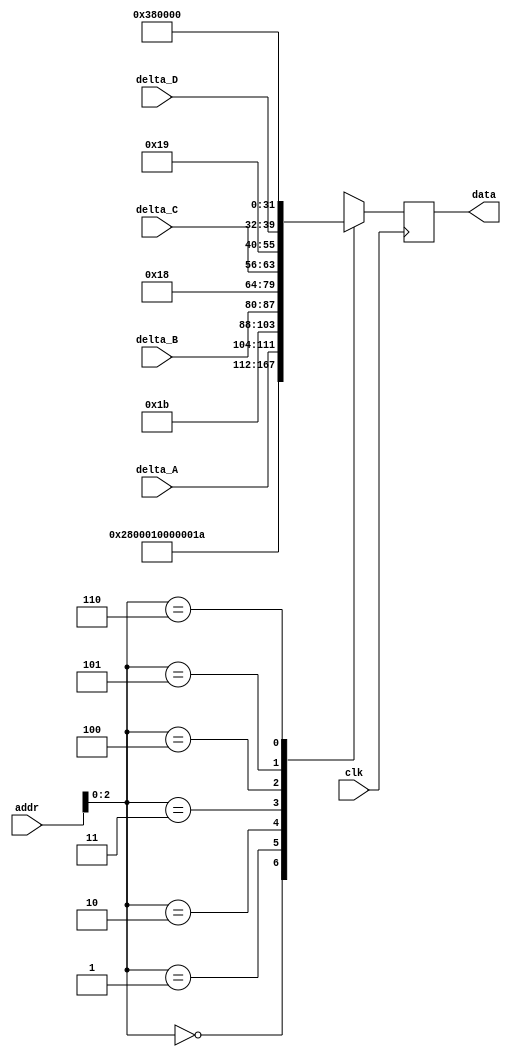
module mems_rom_17 (
    input clk,
    input [3:0] addr,
    input [7:0] delta_A,
    input [7:0] delta_B,
    input [7:0] delta_C,
    input [7:0] delta_D,
    output [23:0] data
  );
 
  reg [23:0] rom_data [6:0];
  reg [23:0] data_d, data_q;
 
  assign data = data_q;
 
  always @(*) begin

  // OLDVI STYLE
  // rom_data[0] = 24'b001010000000000000000001; // SOFT_RESET;
  // rom_data[1] = 24'b001101110011111111111111;//1111; // LDAC SETUP

  // rom_data[2] = {8'b00011000, delta_A, 8'b00011111}; // CH A
  // rom_data[3] = {8'b00011001, delta_B, 8'b00000000}; // CH B
  // rom_data[4] = {8'b00011010, delta_C, 8'b00011111}; // CH C
  // rom_data[5] = {8'b00011011, delta_D, 8'b00000000}; // CH D

  // NEW
    rom_data[0] = 24'b001010000000000000000001; // SOFT_RESET;
    // rom_data[1] = 24'b001101110011111111110000;//1111; // LDAC SETUP
    rom_data[1] = 24'b000000000000000000000000;//1111; // LDAC SETUP


    rom_data[2] = {8'b00011010, delta_A, 8'b00000000}; // CH A -- in fact C, doesnt matter
    rom_data[3] = {8'b00011011, delta_B, 8'b00000000}; // CH B -- in fact D
    
    rom_data[4] = {8'b00011000, delta_C, 8'b00000000}; // CH C
    rom_data[5] = {8'b00011001, delta_D, 8'b00000000}; // CH D
    rom_data[6] = {8'b00111000, 8'b00000000, 8'b00000000}; // CH D

    data_d = rom_data[addr];
  end
 

  always @(posedge clk) begin
    data_q <= data_d;
  end
 
endmodule